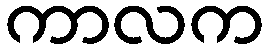
ကာလက